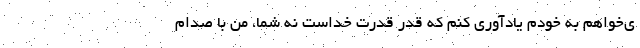
ی‌خواهم به خودم یادآوری کنم که قَدَر قدرت خداست نه شما، من با صدام